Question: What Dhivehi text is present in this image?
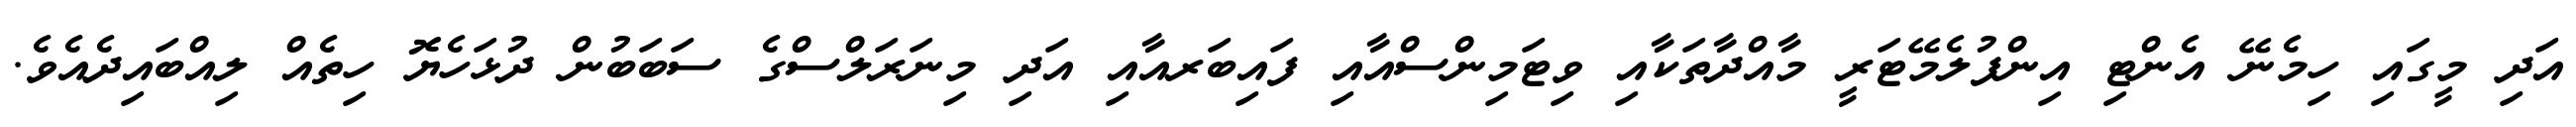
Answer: އަދި މީގައި ހިމެނޭ އެންޓި އިންފުލެމޭޓަރީ މާއްދާތަކާއި ވިޓަމިންސްއާއި ފައިބަރއާއި އަދި މިނަރަލްސްގެ ސަބަބުން ދުޅަހެޔޮ ހިތެއް ލިއްބައިދެއެވެ.